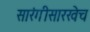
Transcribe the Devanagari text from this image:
सारंगीसारखेच